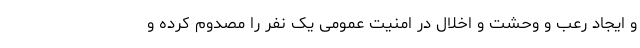
و ایجاد رعب و وحشت و اخلال در امنیت عمومی یک نفر را مصدوم کرده و